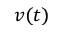
v ( t )